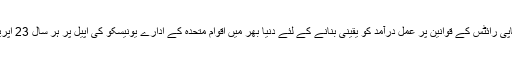
کتابوں سے دوستی میں اضافہ، اشاعتی اداروں کی حوصلہ افزائی اور کاپی رائٹس کے قوانین پر عمل درآمد کو یقینی بنانے کے لئے دنیا بھر میں اقوام متحدہ کے ادارے یونیسکو کی اپیل پر ہر سال 23 اپریل کو باقاعدگی سے کتابوں اور کاپی رائٹس کا عالمی دن منایا جاتا ہے۔